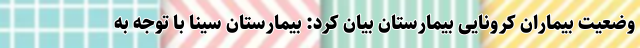
وضعیت بیماران کرونایی بیمارستان بیان کرد: بیمارستان سینا با توجه به